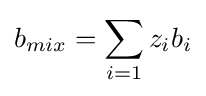
b_{mix}=\sum _{i=1}z_{i}b_{i}